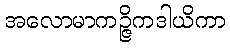
အလောမာကဉ္ဇိကဒါယိကာ